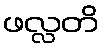
ဖလ္လတိ